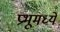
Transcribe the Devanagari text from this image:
प्रभूमध्ये